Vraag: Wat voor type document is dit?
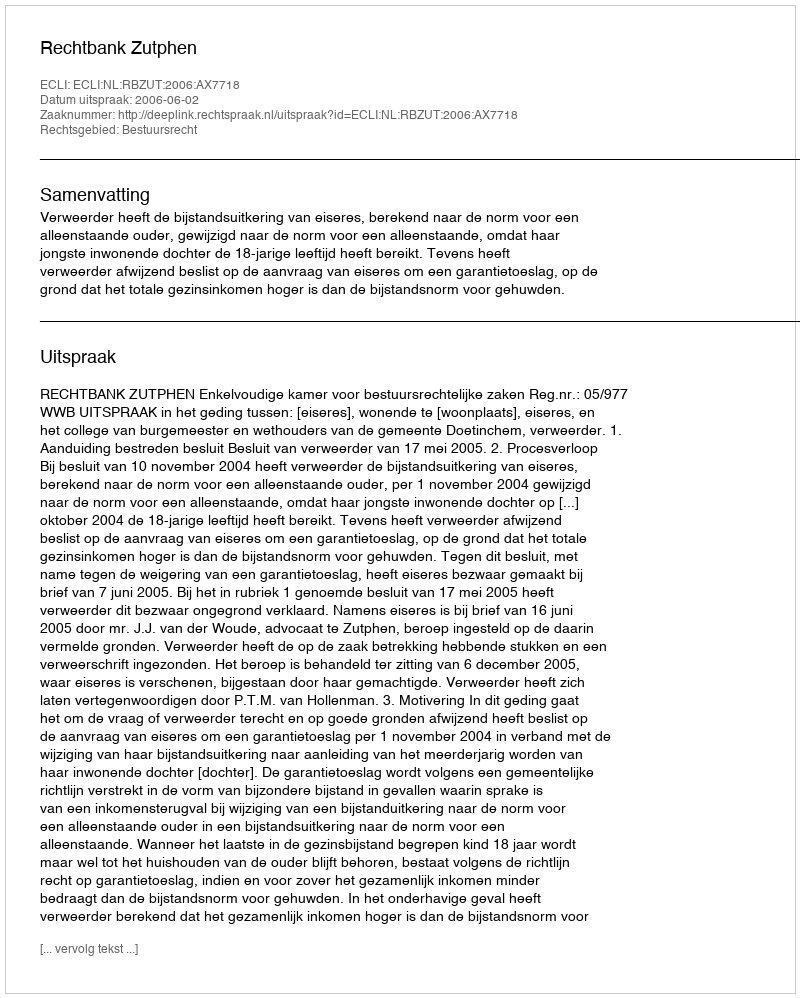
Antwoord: Uitspraak